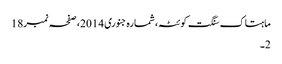
ماہتاک سنگت کوئٹہ، شمارہ جنوری 2014، صفحہ نمبر18
2۔